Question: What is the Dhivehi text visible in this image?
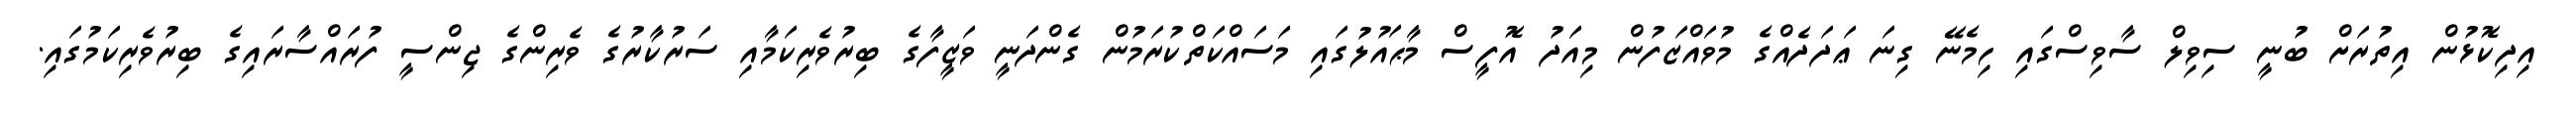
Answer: އިދިކޮޅުން އިތުރަށް ބުނީ ސިވިލް ސާވިސްގައި ހިމެނޭ ގިނަ ޢަދަދެއްގެ މުވައްޒަފުން މިއަދު އޮފީސް މާޙައުލުގައި މަސައްކަތްކުރަމުން ގެންދަނީ ވަޒީފާގެ ބިރުވެރިކަމާއި ސަރުކާރުގެ ވެރިންގެ ޖިންސީ ފުރައްސާރައިގެ ބިރުވެރިކަމުގައި.